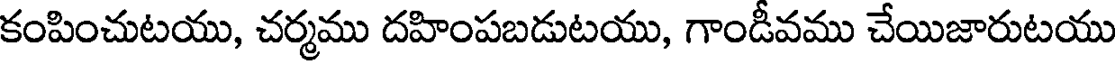
కంపించుటయు, చర్మము దహింపబడుటయు, గాండీవము చేయిజారుటయు